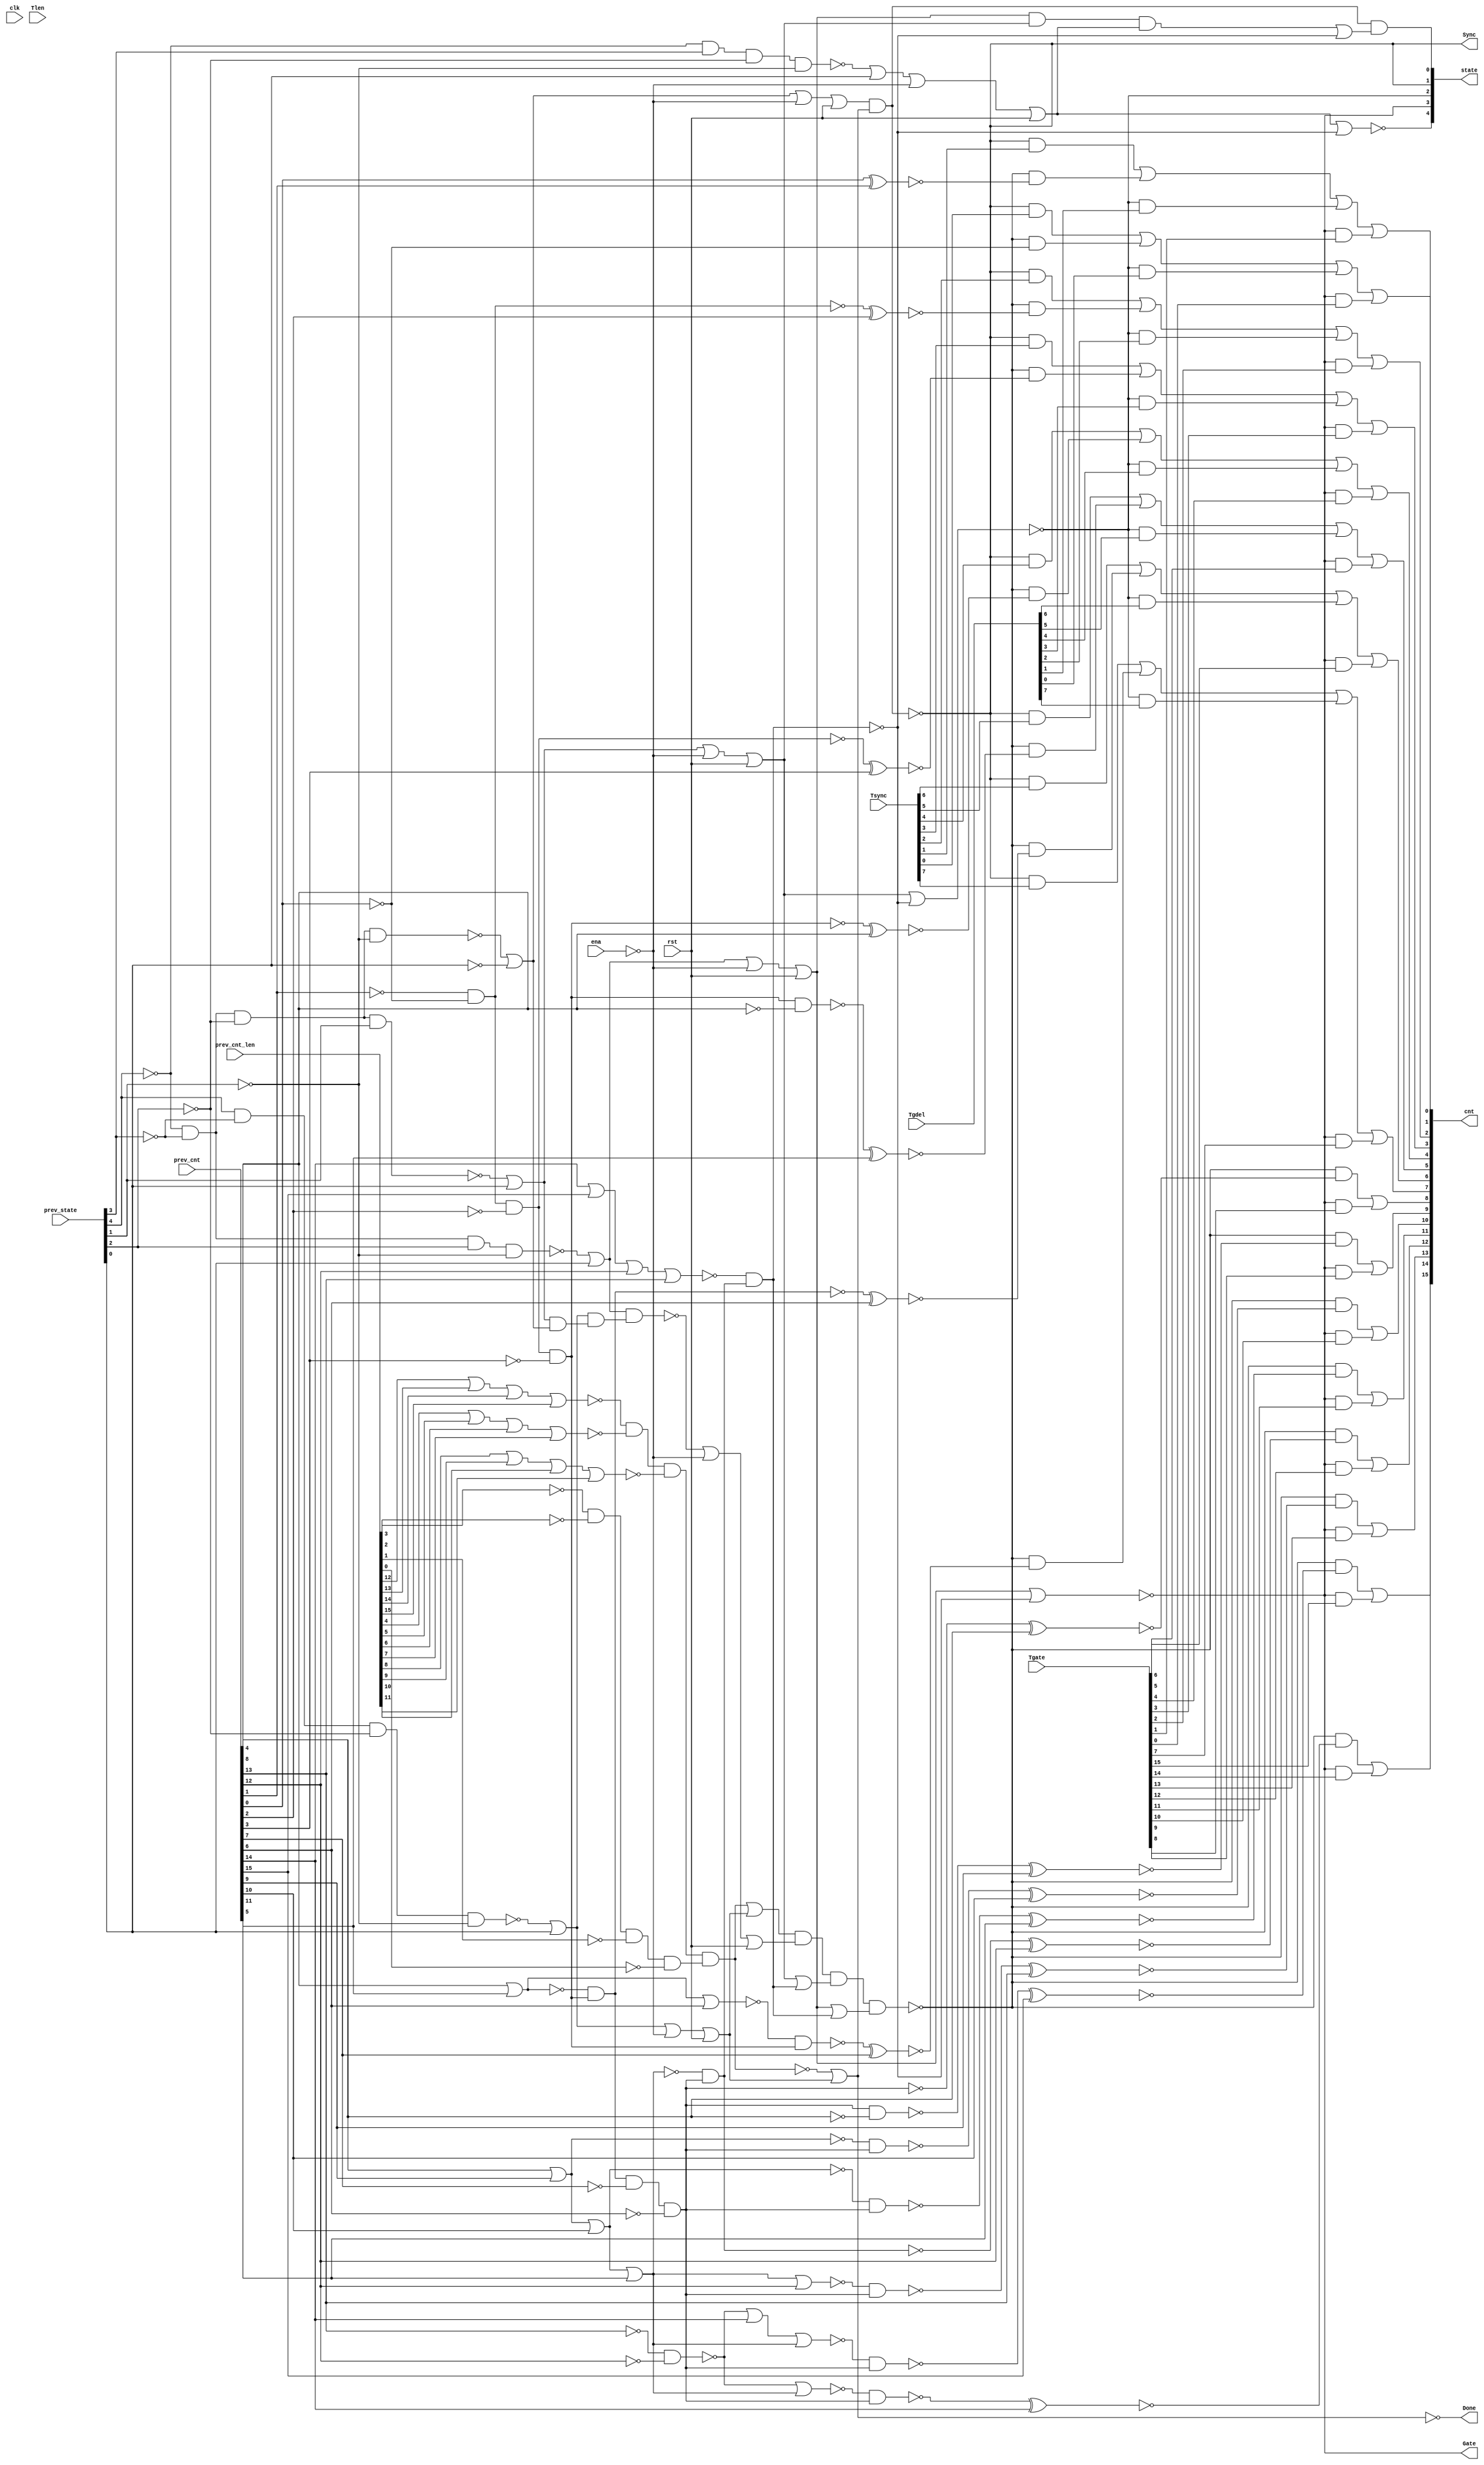
//
// Conformal-LEC: Version 11.10-d208 (10-Mar-2012) (64 bit executable)
//
module top(clk, ena, rst, Tsync, Tgdel, Tgate, Tlen, Sync, Gate, Done, 
    prev_state, prev_cnt, prev_cnt_len, cnt, state);
input  clk, ena, rst;
output Sync, Gate, Done;
input   [7:0] Tsync;
input   [7:0] Tgdel;
input   [15:0] Tgate;
input   [15:0] Tlen;
input   [4:0] prev_state;
input   [15:0] prev_cnt;
input   [15:0] prev_cnt_len;
output  [15:0] cnt;
output  [4:0] state;
wire  \mux_cnt_123_11_g723/w_0 , \mux_cnt_123_11_g723/w_1 , 
    \mux_cnt_123_11_g723/w_2 , \mux_cnt_123_11_g723/w_3 , 
    \mux_cnt_123_11_g723/w_4 , \mux_cnt_123_11_g727/w_0 , 
    \mux_cnt_123_11_g727/w_1 , \mux_cnt_123_11_g727/w_2 , 
    \mux_cnt_123_11_g727/w_3 , \mux_cnt_123_11_g727/w_4 , 
    \mux_cnt_123_11_g731/w_0 , \mux_cnt_123_11_g731/w_1 , 
    \mux_cnt_123_11_g731/w_2 , \mux_cnt_123_11_g731/w_3 , 
    \mux_cnt_123_11_g731/w_4 , \mux_cnt_123_11_g735/w_0 , 
    \mux_cnt_123_11_g735/w_1 , \mux_cnt_123_11_g735/w_2 , 
    \mux_cnt_123_11_g735/w_3 , \mux_cnt_123_11_g735/w_4 , 
    \mux_cnt_123_11_g739/w_0 , \mux_cnt_123_11_g739/w_1 , 
    \mux_cnt_123_11_g739/w_2 , \mux_cnt_123_11_g739/w_3 , 
    \mux_cnt_123_11_g739/w_4 , \mux_cnt_123_11_g743/w_0 , 
    \mux_cnt_123_11_g743/w_1 , \mux_cnt_123_11_g743/w_2 , 
    \mux_cnt_123_11_g743/w_3 , \mux_cnt_123_11_g743/w_4 , 
    \mux_cnt_123_11_g747/w_0 , \mux_cnt_123_11_g747/w_1 , 
    \mux_cnt_123_11_g747/w_2 , \mux_cnt_123_11_g747/w_3 , 
    \mux_cnt_123_11_g747/w_4 , \mux_cnt_123_11_g779/w_0 , 
    \mux_cnt_123_11_g779/w_1 , \mux_cnt_123_11_g779/w_2 , 
    \mux_cnt_123_11_g779/w_3 , \mux_cnt_123_11_g779/w_4 , 
    \mux_cnt_123_11_g719/w_0 , \mux_cnt_123_11_g719/w_1 , 
    \mux_cnt_123_11_g719/w_2 , \mux_cnt_123_11_g751/w_0 , 
    \mux_cnt_123_11_g751/w_1 , \mux_cnt_123_11_g751/w_2 , 
    \mux_cnt_123_11_g755/w_0 , \mux_cnt_123_11_g755/w_1 , 
    \mux_cnt_123_11_g755/w_2 , \mux_cnt_123_11_g759/w_0 , 
    \mux_cnt_123_11_g759/w_1 , \mux_cnt_123_11_g759/w_2 , 
    \mux_cnt_123_11_g763/w_0 , \mux_cnt_123_11_g763/w_1 , 
    \mux_cnt_123_11_g763/w_2 , \mux_cnt_123_11_g767/w_0 , 
    \mux_cnt_123_11_g767/w_1 , \mux_cnt_123_11_g767/w_2 , 
    \mux_cnt_123_11_g771/w_0 , \mux_cnt_123_11_g771/w_1 , 
    \mux_cnt_123_11_g771/w_2 , \mux_cnt_123_11_g775/w_0 , 
    \mux_cnt_123_11_g775/w_1 , \mux_cnt_123_11_g775/w_2 , sub_112_47_n_67, 
    sub_109_39_n_1553, sub_109_39_n_1051, sub_109_39_n_166, sub_109_39_n_159, 
    sub_109_39_n_151, sub_109_39_n_139, sub_109_39_n_119, sub_109_39_n_109, 
    sub_109_39_n_103, n_1552, n_1547, n_1408, n_1407, n_1406, n_1405, n_1404, 
    n_1403, n_1402, n_1401, n_1400, n_1399, n_1398, n_1397, n_1396, n_1395, 
    n_1394, n_1393, n_1392, n_1391, n_1390, n_1389, n_1388, n_1387, n_1386, 
    n_1385, n_1384, n_1383, n_1382, n_1381, n_1380, n_1379, n_1378, n_1377, 
    n_1376, n_1375, n_1374, n_1373, n_1372, n_1371, n_1370, n_1369, n_1367, 
    n_1365, n_1364, n_1363, n_1362, n_1361, n_1360, n_1359, n_1358, n_1357, 
    n_1356, n_1355, n_1354, n_1353, n_1352, n_1351, n_1350, n_1349, n_1348, 
    n_1347, n_1346, n_1345, n_1344, n_1343, n_1342, n_1341, n_1340, n_1339, 
    n_1338, n_1337, n_1336, n_1335, n_1334, n_1333, n_1332, n_1331, n_1330, 
    n_1329, n_1328, n_1327, n_1326, n_1303, n_1294, n_1286, n_1256, n_1191, 
    n_1181, n_1174, n_1168, n_1165, n_1101, n_1079, n_1078, n_1077, n_1044, 
    n_818, n_816, n_813, n_804, n_775, n_757, n_745, n_731, n_14, n_13, n_12, 
    n_11, Done, Gate, Sync, rst, ena, clk;
wire  \mux_cnt_123_11_g723/data0 , \mux_cnt_123_11_g727/data0 , 
    \mux_cnt_123_11_g731/data0 , \mux_cnt_123_11_g735/data0 , 
    \mux_cnt_123_11_g739/data0 , \mux_cnt_123_11_g743/data0 , 
    \mux_cnt_123_11_g747/data0 , \mux_cnt_123_11_g779/data0 , 
    \mux_cnt_123_11_g719/data0 , \mux_cnt_123_11_g751/data0 , 
    \mux_cnt_123_11_g755/data0 , \mux_cnt_123_11_g759/data0 , 
    \mux_cnt_123_11_g763/data0 , \mux_cnt_123_11_g767/data0 , 
    \mux_cnt_123_11_g771/data0 , \mux_cnt_123_11_g775/data0 ;
wire   [16:0] cnt_nxt;
wire   [4:0] state;
wire   [15:0] cnt;
wire   [4:0] prev_state;
wire   [15:0] prev_cnt_len;
wire   [15:0] prev_cnt;
wire   [15:0] Tlen;
wire   [15:0] Tgate;
wire   [7:0] Tgdel;
wire   [7:0] Tsync;
  assign \mux_cnt_123_11_g723/data0  = 1'b0;
  assign \mux_cnt_123_11_g727/data0  = 1'b0;
  assign \mux_cnt_123_11_g731/data0  = 1'b0;
  assign \mux_cnt_123_11_g735/data0  = 1'b0;
  assign \mux_cnt_123_11_g739/data0  = 1'b0;
  assign \mux_cnt_123_11_g743/data0  = 1'b0;
  assign \mux_cnt_123_11_g747/data0  = 1'b0;
  assign \mux_cnt_123_11_g779/data0  = 1'b0;
  assign \mux_cnt_123_11_g719/data0  = 1'b0;
  assign \mux_cnt_123_11_g751/data0  = 1'b0;
  assign \mux_cnt_123_11_g755/data0  = 1'b0;
  assign \mux_cnt_123_11_g759/data0  = 1'b0;
  assign \mux_cnt_123_11_g763/data0  = 1'b0;
  assign \mux_cnt_123_11_g767/data0  = 1'b0;
  assign \mux_cnt_123_11_g771/data0  = 1'b0;
  assign \mux_cnt_123_11_g775/data0  = 1'b0;
  or \mux_cnt_123_11_g723/org (cnt[6], \mux_cnt_123_11_g723/w_0 , 
    \mux_cnt_123_11_g723/w_1 , \mux_cnt_123_11_g723/w_2 , 
    \mux_cnt_123_11_g723/w_3 , \mux_cnt_123_11_g723/w_4 );
  and \mux_cnt_123_11_g723/a_4 (\mux_cnt_123_11_g723/w_4 , Gate, Tgate[6]);
  and \mux_cnt_123_11_g723/a_3 (\mux_cnt_123_11_g723/w_3 , state[2], Tgdel[6]);
  and \mux_cnt_123_11_g723/a_2 (\mux_cnt_123_11_g723/w_2 , n_818, cnt_nxt[6]);
  and \mux_cnt_123_11_g723/a_1 (\mux_cnt_123_11_g723/w_1 , Sync, Tsync[6]);
  and \mux_cnt_123_11_g723/a_0 (\mux_cnt_123_11_g723/w_0 , n_816, 
    \mux_cnt_123_11_g723/data0 );
  or \mux_cnt_123_11_g727/org (cnt[5], \mux_cnt_123_11_g727/w_0 , 
    \mux_cnt_123_11_g727/w_1 , \mux_cnt_123_11_g727/w_2 , 
    \mux_cnt_123_11_g727/w_3 , \mux_cnt_123_11_g727/w_4 );
  and \mux_cnt_123_11_g727/a_4 (\mux_cnt_123_11_g727/w_4 , Gate, Tgate[5]);
  and \mux_cnt_123_11_g727/a_3 (\mux_cnt_123_11_g727/w_3 , state[2], Tgdel[5]);
  and \mux_cnt_123_11_g727/a_2 (\mux_cnt_123_11_g727/w_2 , n_818, cnt_nxt[5]);
  and \mux_cnt_123_11_g727/a_1 (\mux_cnt_123_11_g727/w_1 , Sync, Tsync[5]);
  and \mux_cnt_123_11_g727/a_0 (\mux_cnt_123_11_g727/w_0 , n_816, 
    \mux_cnt_123_11_g727/data0 );
  or \mux_cnt_123_11_g731/org (cnt[4], \mux_cnt_123_11_g731/w_0 , 
    \mux_cnt_123_11_g731/w_1 , \mux_cnt_123_11_g731/w_2 , 
    \mux_cnt_123_11_g731/w_3 , \mux_cnt_123_11_g731/w_4 );
  and \mux_cnt_123_11_g731/a_4 (\mux_cnt_123_11_g731/w_4 , Gate, Tgate[4]);
  and \mux_cnt_123_11_g731/a_3 (\mux_cnt_123_11_g731/w_3 , state[2], Tgdel[4]);
  and \mux_cnt_123_11_g731/a_2 (\mux_cnt_123_11_g731/w_2 , n_818, cnt_nxt[4]);
  and \mux_cnt_123_11_g731/a_1 (\mux_cnt_123_11_g731/w_1 , Sync, Tsync[4]);
  and \mux_cnt_123_11_g731/a_0 (\mux_cnt_123_11_g731/w_0 , n_816, 
    \mux_cnt_123_11_g731/data0 );
  or \mux_cnt_123_11_g735/org (cnt[3], \mux_cnt_123_11_g735/w_0 , 
    \mux_cnt_123_11_g735/w_1 , \mux_cnt_123_11_g735/w_2 , 
    \mux_cnt_123_11_g735/w_3 , \mux_cnt_123_11_g735/w_4 );
  and \mux_cnt_123_11_g735/a_4 (\mux_cnt_123_11_g735/w_4 , Gate, Tgate[3]);
  and \mux_cnt_123_11_g735/a_3 (\mux_cnt_123_11_g735/w_3 , state[2], Tgdel[3]);
  and \mux_cnt_123_11_g735/a_2 (\mux_cnt_123_11_g735/w_2 , n_818, cnt_nxt[3]);
  and \mux_cnt_123_11_g735/a_1 (\mux_cnt_123_11_g735/w_1 , Sync, Tsync[3]);
  and \mux_cnt_123_11_g735/a_0 (\mux_cnt_123_11_g735/w_0 , n_816, 
    \mux_cnt_123_11_g735/data0 );
  or \mux_cnt_123_11_g739/org (cnt[2], \mux_cnt_123_11_g739/w_0 , 
    \mux_cnt_123_11_g739/w_1 , \mux_cnt_123_11_g739/w_2 , 
    \mux_cnt_123_11_g739/w_3 , \mux_cnt_123_11_g739/w_4 );
  and \mux_cnt_123_11_g739/a_4 (\mux_cnt_123_11_g739/w_4 , Gate, Tgate[2]);
  and \mux_cnt_123_11_g739/a_3 (\mux_cnt_123_11_g739/w_3 , state[2], Tgdel[2]);
  and \mux_cnt_123_11_g739/a_2 (\mux_cnt_123_11_g739/w_2 , n_818, cnt_nxt[2]);
  and \mux_cnt_123_11_g739/a_1 (\mux_cnt_123_11_g739/w_1 , Sync, Tsync[2]);
  and \mux_cnt_123_11_g739/a_0 (\mux_cnt_123_11_g739/w_0 , n_816, 
    \mux_cnt_123_11_g739/data0 );
  or \mux_cnt_123_11_g743/org (cnt[1], \mux_cnt_123_11_g743/w_0 , 
    \mux_cnt_123_11_g743/w_1 , \mux_cnt_123_11_g743/w_2 , 
    \mux_cnt_123_11_g743/w_3 , \mux_cnt_123_11_g743/w_4 );
  and \mux_cnt_123_11_g743/a_4 (\mux_cnt_123_11_g743/w_4 , Gate, Tgate[1]);
  and \mux_cnt_123_11_g743/a_3 (\mux_cnt_123_11_g743/w_3 , state[2], Tgdel[1]);
  and \mux_cnt_123_11_g743/a_2 (\mux_cnt_123_11_g743/w_2 , n_818, cnt_nxt[1]);
  and \mux_cnt_123_11_g743/a_1 (\mux_cnt_123_11_g743/w_1 , Sync, Tsync[1]);
  and \mux_cnt_123_11_g743/a_0 (\mux_cnt_123_11_g743/w_0 , n_816, 
    \mux_cnt_123_11_g743/data0 );
  or \mux_cnt_123_11_g747/org (cnt[0], \mux_cnt_123_11_g747/w_0 , 
    \mux_cnt_123_11_g747/w_1 , \mux_cnt_123_11_g747/w_2 , 
    \mux_cnt_123_11_g747/w_3 , \mux_cnt_123_11_g747/w_4 );
  and \mux_cnt_123_11_g747/a_4 (\mux_cnt_123_11_g747/w_4 , Gate, Tgate[0]);
  and \mux_cnt_123_11_g747/a_3 (\mux_cnt_123_11_g747/w_3 , state[2], Tgdel[0]);
  and \mux_cnt_123_11_g747/a_2 (\mux_cnt_123_11_g747/w_2 , n_818, n_1101);
  and \mux_cnt_123_11_g747/a_1 (\mux_cnt_123_11_g747/w_1 , Sync, Tsync[0]);
  and \mux_cnt_123_11_g747/a_0 (\mux_cnt_123_11_g747/w_0 , n_816, 
    \mux_cnt_123_11_g747/data0 );
  or \mux_cnt_123_11_g779/org (cnt[7], \mux_cnt_123_11_g779/w_0 , 
    \mux_cnt_123_11_g779/w_1 , \mux_cnt_123_11_g779/w_2 , 
    \mux_cnt_123_11_g779/w_3 , \mux_cnt_123_11_g779/w_4 );
  and \mux_cnt_123_11_g779/a_4 (\mux_cnt_123_11_g779/w_4 , Gate, Tgate[7]);
  and \mux_cnt_123_11_g779/a_3 (\mux_cnt_123_11_g779/w_3 , state[2], Tgdel[7]);
  and \mux_cnt_123_11_g779/a_2 (\mux_cnt_123_11_g779/w_2 , n_818, cnt_nxt[7]);
  and \mux_cnt_123_11_g779/a_1 (\mux_cnt_123_11_g779/w_1 , Sync, Tsync[7]);
  and \mux_cnt_123_11_g779/a_0 (\mux_cnt_123_11_g779/w_0 , n_816, 
    \mux_cnt_123_11_g779/data0 );
  or \mux_cnt_123_11_g719/org (cnt[15], \mux_cnt_123_11_g719/w_0 , 
    \mux_cnt_123_11_g719/w_1 , \mux_cnt_123_11_g719/w_2 );
  and \mux_cnt_123_11_g719/a_2 (\mux_cnt_123_11_g719/w_2 , Gate, Tgate[15]);
  and \mux_cnt_123_11_g719/a_1 (\mux_cnt_123_11_g719/w_1 , n_818, cnt_nxt[15]);
  and \mux_cnt_123_11_g719/a_0 (\mux_cnt_123_11_g719/w_0 , n_813, 
    \mux_cnt_123_11_g719/data0 );
  or \mux_cnt_123_11_g751/org (cnt[14], \mux_cnt_123_11_g751/w_0 , 
    \mux_cnt_123_11_g751/w_1 , \mux_cnt_123_11_g751/w_2 );
  and \mux_cnt_123_11_g751/a_2 (\mux_cnt_123_11_g751/w_2 , Gate, Tgate[14]);
  and \mux_cnt_123_11_g751/a_1 (\mux_cnt_123_11_g751/w_1 , n_818, cnt_nxt[14]);
  and \mux_cnt_123_11_g751/a_0 (\mux_cnt_123_11_g751/w_0 , n_813, 
    \mux_cnt_123_11_g751/data0 );
  or \mux_cnt_123_11_g755/org (cnt[13], \mux_cnt_123_11_g755/w_0 , 
    \mux_cnt_123_11_g755/w_1 , \mux_cnt_123_11_g755/w_2 );
  and \mux_cnt_123_11_g755/a_2 (\mux_cnt_123_11_g755/w_2 , Gate, Tgate[13]);
  and \mux_cnt_123_11_g755/a_1 (\mux_cnt_123_11_g755/w_1 , n_818, cnt_nxt[13]);
  and \mux_cnt_123_11_g755/a_0 (\mux_cnt_123_11_g755/w_0 , n_813, 
    \mux_cnt_123_11_g755/data0 );
  or \mux_cnt_123_11_g759/org (cnt[12], \mux_cnt_123_11_g759/w_0 , 
    \mux_cnt_123_11_g759/w_1 , \mux_cnt_123_11_g759/w_2 );
  and \mux_cnt_123_11_g759/a_2 (\mux_cnt_123_11_g759/w_2 , Gate, Tgate[12]);
  and \mux_cnt_123_11_g759/a_1 (\mux_cnt_123_11_g759/w_1 , n_818, cnt_nxt[12]);
  and \mux_cnt_123_11_g759/a_0 (\mux_cnt_123_11_g759/w_0 , n_813, 
    \mux_cnt_123_11_g759/data0 );
  or \mux_cnt_123_11_g763/org (cnt[11], \mux_cnt_123_11_g763/w_0 , 
    \mux_cnt_123_11_g763/w_1 , \mux_cnt_123_11_g763/w_2 );
  and \mux_cnt_123_11_g763/a_2 (\mux_cnt_123_11_g763/w_2 , Gate, Tgate[11]);
  and \mux_cnt_123_11_g763/a_1 (\mux_cnt_123_11_g763/w_1 , n_818, cnt_nxt[11]);
  and \mux_cnt_123_11_g763/a_0 (\mux_cnt_123_11_g763/w_0 , n_813, 
    \mux_cnt_123_11_g763/data0 );
  or \mux_cnt_123_11_g767/org (cnt[10], \mux_cnt_123_11_g767/w_0 , 
    \mux_cnt_123_11_g767/w_1 , \mux_cnt_123_11_g767/w_2 );
  and \mux_cnt_123_11_g767/a_2 (\mux_cnt_123_11_g767/w_2 , Gate, Tgate[10]);
  and \mux_cnt_123_11_g767/a_1 (\mux_cnt_123_11_g767/w_1 , n_818, cnt_nxt[10]);
  and \mux_cnt_123_11_g767/a_0 (\mux_cnt_123_11_g767/w_0 , n_813, 
    \mux_cnt_123_11_g767/data0 );
  or \mux_cnt_123_11_g771/org (cnt[9], \mux_cnt_123_11_g771/w_0 , 
    \mux_cnt_123_11_g771/w_1 , \mux_cnt_123_11_g771/w_2 );
  and \mux_cnt_123_11_g771/a_2 (\mux_cnt_123_11_g771/w_2 , Gate, Tgate[9]);
  and \mux_cnt_123_11_g771/a_1 (\mux_cnt_123_11_g771/w_1 , n_818, cnt_nxt[9]);
  and \mux_cnt_123_11_g771/a_0 (\mux_cnt_123_11_g771/w_0 , n_813, 
    \mux_cnt_123_11_g771/data0 );
  or \mux_cnt_123_11_g775/org (cnt[8], \mux_cnt_123_11_g775/w_0 , 
    \mux_cnt_123_11_g775/w_1 , \mux_cnt_123_11_g775/w_2 );
  and \mux_cnt_123_11_g775/a_2 (\mux_cnt_123_11_g775/w_2 , Gate, Tgate[8]);
  and \mux_cnt_123_11_g775/a_1 (\mux_cnt_123_11_g775/w_1 , n_818, cnt_nxt[8]);
  and \mux_cnt_123_11_g775/a_0 (\mux_cnt_123_11_g775/w_0 , n_813, 
    \mux_cnt_123_11_g775/data0 );
  assign state[3] = Gate;
  assign state[1] = Sync;
  nor sub_109_39_g111(sub_109_39_n_159, sub_109_39_n_1051, prev_cnt[14]);
  xnor sub_109_39_g167(cnt_nxt[1], prev_cnt[0], prev_cnt[1]);
  xnor sub_109_39_g169(cnt_nxt[2], sub_109_39_n_103, prev_cnt[2]);
  xnor sub_109_39_g172(cnt_nxt[3], n_1168, prev_cnt[3]);
  xnor sub_109_39_g174(cnt_nxt[4], sub_109_39_n_139, prev_cnt[4]);
  xnor sub_109_39_g177(cnt_nxt[5], n_1392, prev_cnt[5]);
  xnor sub_109_39_g179(cnt_nxt[6], n_1174, prev_cnt[6]);
  xnor sub_109_39_g182(cnt_nxt[7], n_1393, prev_cnt[7]);
  xnor sub_109_39_g184(cnt_nxt[8], sub_109_39_n_166, prev_cnt[8]);
  xnor sub_109_39_g187(cnt_nxt[9], n_1397, prev_cnt[9]);
  xnor sub_109_39_g189(cnt_nxt[10], n_1398, prev_cnt[10]);
  xnor sub_109_39_g192(cnt_nxt[11], n_1399, prev_cnt[11]);
  xnor sub_109_39_g195(cnt_nxt[12], n_1181, prev_cnt[12]);
  xnor sub_109_39_g198(cnt_nxt[13], n_1400, prev_cnt[13]);
  xnor sub_109_39_g200(cnt_nxt[14], n_1401, prev_cnt[14]);
  xnor sub_109_39_g203(cnt_nxt[15], n_1402, prev_cnt[15]);
  nor g22(n_13, n_1349, prev_state[0]);
  not g1128(state[0], n_1286);
  not g1181(n_1326, prev_cnt[4]);
  not g1182(n_1327, prev_cnt[8]);
  not g1186(n_1331, prev_cnt[13]);
  not g1187(n_1332, prev_cnt[12]);
  nand g1201(sub_109_39_n_1051, n_1331, n_1332);
  not g1202(n_1346, sub_109_39_n_159);
  not g1203(n_1347, sub_109_39_n_109);
  nand g1205(n_1349, n_1341, prev_state[3], n_1339, n_1338);
  not g1206(n_1350, n_13);
  not g1225(n_1363, sub_109_39_n_151);
  nor g1251(n_731, n_1350, n_1330, rst);
  not g1252(n_1377, n_731);
  nand g1253(n_1378, n_1361, n_1372, n_1377);
  not g1254(n_1379, n_1378);
  nor g1255(n_1380, n_1379, sub_109_39_n_1553);
  not g1256(n_1381, n_1380);
  nand g1257(n_1286, n_1294, n_1381);
  nor g1258(state[4], n_1377, sub_109_39_n_1553);
  nor g1259(n_1382, n_1347, prev_cnt[6]);
  nor g1263(n_1385, n_1363, prev_cnt[12]);
  nor g1264(n_1386, sub_109_39_n_1051, n_1363);
  nor g1265(n_1387, n_1346, n_1363);
  nand g1270(n_1392, n_1547, n_1326);
  nand g1271(n_1393, n_1382, n_1547);
  nand g1275(n_1397, n_1552, n_1327);
  nand g1276(n_1398, sub_109_39_n_119, n_1552);
  nand g1277(n_1399, n_1165, n_1552);
  nand g1278(n_1400, n_1385, n_1552);
  nand g1279(n_1401, n_1386, n_1552);
  nand g1280(n_1402, n_1387, n_1552);
  nor g799(n_1044, ena, rst);
  not g1241(n_1371, n_1044);
  not g1196(n_1341, prev_state[4]);
  not g1195(n_1340, prev_state[3]);
  not g1194(n_1339, prev_state[2]);
  not g1193(n_1338, prev_state[1]);
  nand g1245(n_1373, n_1341, n_1340, n_1339, n_1338);
  not g1183(n_1328, prev_state[0]);
  nor g1246(n_1303, n_1373, n_1328);
  not g1247(n_1374, n_1303);
  not g1185(n_1330, ena);
  nor g1248(n_1375, n_1374, n_1330, rst);
  not g1249(n_1376, n_1375);
  nor g839(n_1079, prev_cnt_len[12], prev_cnt_len[13], prev_cnt_len[14], 
    prev_cnt_len[15]);
  nor g840(n_1078, prev_cnt_len[4], prev_cnt_len[5], prev_cnt_len[6], 
    prev_cnt_len[7]);
  nor g841(n_1077, prev_cnt_len[8], prev_cnt_len[9], prev_cnt_len[10], 
    prev_cnt_len[11]);
  not g1192(n_1337, prev_cnt_len[3]);
  not g1191(n_1336, prev_cnt_len[2]);
  not g1190(n_1335, prev_cnt_len[1]);
  not g1189(n_1334, prev_cnt_len[0]);
  nand g1213(n_1357, n_1337, n_1336, n_1335, n_1334);
  not g1214(n_1358, n_1357);
  nand g1215(sub_112_47_n_67, n_1079, n_1078, n_1077, n_1358);
  nand g1211(n_1355, prev_state[4], n_1340, n_1339, n_1338);
  nor g24(n_14, n_1355, prev_state[0]);
  not g1212(n_1356, n_14);
  nor g1217(n_775, n_1356, n_1330, rst);
  not g1218(n_1360, n_775);
  nor g1219(Done, sub_112_47_n_67, n_1360);
  not g712(n_804, Done);
  nand g1250(Sync, n_1376, n_804);
  not g1127(n_1294, Sync);
  nand g1209(n_1353, n_1341, n_1340, n_1339, prev_state[1]);
  nor g18(n_11, n_1353, prev_state[0]);
  not g1210(n_1354, n_11);
  nor g1242(n_757, n_1354, n_1330, rst);
  not g1243(n_1372, n_757);
  nor g834(n_1191, prev_cnt[14], prev_cnt[15], prev_cnt[12], prev_cnt[13]);
  nor sub_109_39_g70(sub_109_39_n_119, prev_cnt[8], prev_cnt[9]);
  not g1204(n_1348, sub_109_39_n_119);
  nor g1222(n_1165, n_1348, prev_cnt[10]);
  not g1223(n_1362, n_1165);
  nor g1224(sub_109_39_n_151, n_1362, prev_cnt[11]);
  nor sub_109_39_g62(sub_109_39_n_109, prev_cnt[4], prev_cnt[5]);
  not g1188(n_1333, prev_cnt[1]);
  not g862(n_1101, prev_cnt[0]);
  nand g1226(sub_109_39_n_103, n_1333, n_1101);
  not g1227(n_1364, sub_109_39_n_103);
  not g1198(n_1343, prev_cnt[2]);
  nand g1228(n_1168, n_1364, n_1343);
  not g1229(n_1365, n_1168);
  not g1199(n_1344, prev_cnt[3]);
  nand g1230(sub_109_39_n_139, n_1365, n_1344);
  not g1231(n_1547, sub_109_39_n_139);
  nand g1232(n_1174, sub_109_39_n_109, n_1547);
  not g1233(n_1367, n_1174);
  not g1200(n_1345, prev_cnt[7]);
  not g1197(n_1342, prev_cnt[6]);
  nand g1234(sub_109_39_n_166, n_1367, n_1345, n_1342);
  not g1235(n_1552, sub_109_39_n_166);
  nand g1236(n_1181, sub_109_39_n_151, n_1552);
  not g1237(n_1369, n_1181);
  nand g1238(sub_109_39_n_1553, n_1191, n_1369);
  nor g1244(state[2], n_1372, sub_109_39_n_1553);
  not g1087(n_1256, state[2]);
  nand g1285(n_1407, n_1371, n_1294, n_1256);
  not g1286(n_1408, n_1407);
  not g1184(n_1329, rst);
  nand g1288(n_813, n_1408, n_1329);
  not g1216(n_1359, sub_112_47_n_67);
  nor g1266(n_1388, n_1359, n_1360);
  not g1267(n_1389, n_1388);
  nand g1207(n_1351, n_1341, n_1340, prev_state[2], n_1338);
  nor g20(n_12, n_1351, prev_state[0]);
  not g1208(n_1352, n_12);
  nand g1261(n_1383, n_1354, n_1374);
  not g1262(n_1384, n_1383);
  nand g1268(n_1390, n_1356, n_1384);
  not g1269(n_1391, n_1390);
  nand g1272(n_1394, n_1352, n_1391);
  nor g1273(n_1395, n_1394, n_1330, rst);
  not g1274(n_1396, n_1395);
  not g1239(n_1370, sub_109_39_n_1553);
  nor g1281(n_1403, n_1372, n_1370);
  not g1282(n_1404, n_1403);
  nor g1220(n_745, n_1352, n_1330, rst);
  not g1221(n_1361, n_745);
  nor g1283(n_1405, n_1361, n_1370);
  not g1284(n_1406, n_1405);
  nand g1287(n_818, n_1389, n_1396, n_1404, n_1406);
  nor g1240(Gate, n_1361, sub_109_39_n_1553);
  nand g1260(n_816, n_1371, n_1329);
endmodule